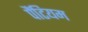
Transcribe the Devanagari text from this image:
पैंटियम